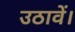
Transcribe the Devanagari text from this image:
उठावें।